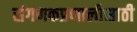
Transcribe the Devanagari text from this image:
संगणकप्रणालीसाठी